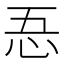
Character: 忢